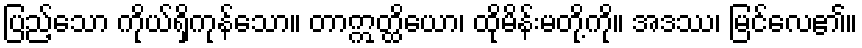
ပြည့်သော ကိုယ်ရှိကုန်သော။ တာဣတ္ထိယော၊ ထိုမိန်းမတို့ကို။ အဒဿ၊ မြင်လေ၏။